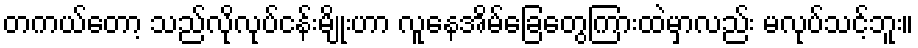
တကယ်တော့ သည်လိုလုပ်ငန်းမျိုးဟာ လူနေအိမ်ခြေတွေကြားထဲမှာလည်း မလုပ်သင့်ဘူး။